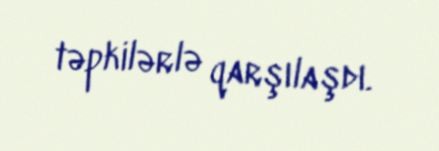
təpkilərlə qarşılaşdı.